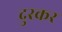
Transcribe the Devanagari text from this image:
दुस्कर